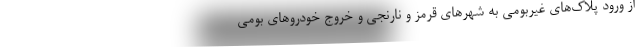
از ورود پلاک‌های غیربومی به شهرهای قرمز و نارنجی و خروج خودروهای بومی